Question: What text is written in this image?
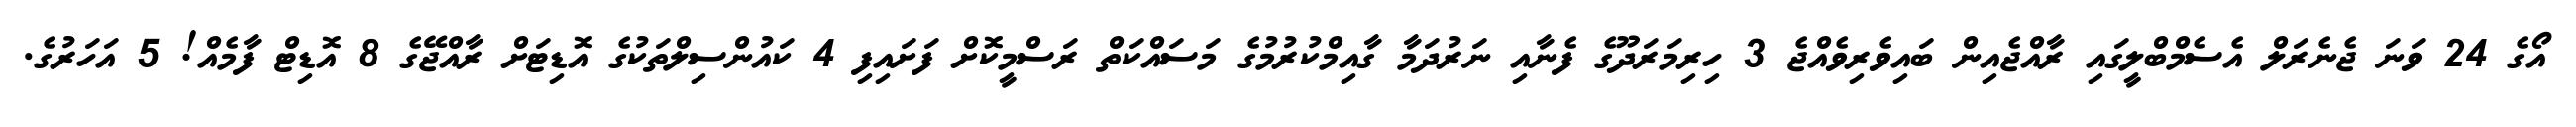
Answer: އޯގެ 24 ވަނަ ޖެނެރަލް އެސެމްބްލީގައި ރާއްޖެއިން ބައިވެރިވެއްޖެ 3 ހިރިމަރަދޫގެ ފެނާއި ނަރުދަމާ ގާއިމްކުރުމުގެ މަސައްކަތް ރަސްމީކޮށް ފަށައިފި 4 ކައުންސިލްތަކުގެ އޮޑިޓަށް ރާއްޖޭގެ 8 އޮޑިޓް ފާމެއް! 5 އަހަރުގެ.